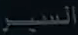
السبور